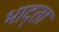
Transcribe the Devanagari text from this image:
भाद्ता